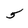
Character: 5